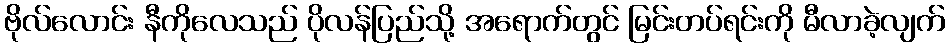
ဗိုလ်လောင်း နီကိုလေသည် ပိုလန်ပြည်သို့ အရောက်တွင် မြင်းတပ်ရင်းကို မီလာခဲ့လျက်